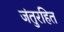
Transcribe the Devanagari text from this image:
जंतुरहित